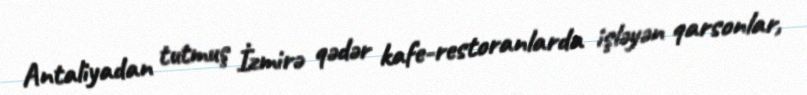
Antaliyadan tutmuş İzmirə qədər kafe-restoranlarda işləyən qarsonlar,